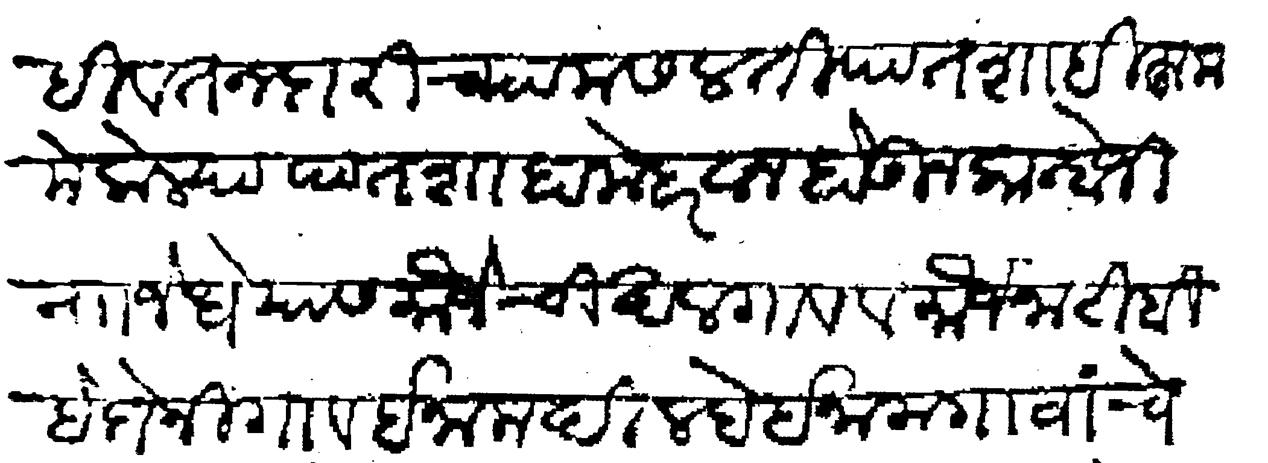
Transliteration (Devanagari): तेथेही वतनदारीच्या मसलती पातशाही हुकमे केल्या पातशाहा मेहरवान होऊन कान्होजी नाा जेधे यास मौजे चिखलगाव व मौजे नाटिबी हे दोनी गाव ईनाम दिल्हे ईनाम गावांचे